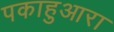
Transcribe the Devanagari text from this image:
पकाहुआरा